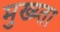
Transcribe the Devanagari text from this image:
मुख्य्ता